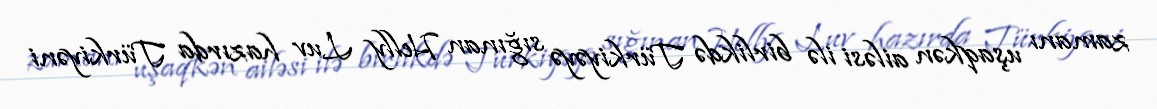
zamanı uşaqkən ailəsi ilə birlikdə Türkiyəyə sığınan Helly Luv hazırda Türkiyəni